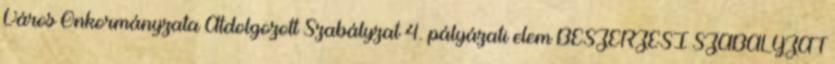
Város Önkormányzata Átdolgozott Szabályzat 4. pályázati elem BESZERZÉSI SZABÁLYZAT